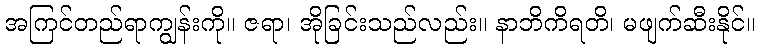
အကြင်တည်ရာကျွန်းကို။ ဇရာ၊ အိုခြင်းသည်လည်း။ နာဘိကိရတိ၊ မဖျက်ဆီးနိုင်။